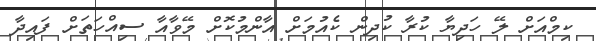
ކިމްއަށް ލޭ ހަދިޔާ ކުރާ ކުދިން ކެއުމަށް އާންމުކޮށް މޭވާއާ ސިއްހަތަށް ފައިދާ